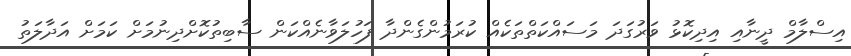
އިސްލާމް ދީނާއި އިދިކޮޅު ވަރުގަދަ މަސައްކަތްތަކެއް ކުރަމުންގެންދާ ފަހުލަވާނެއްކަން ސާބިތުކޮށްދިނުމަށް ކަމަށް އަދާލަތު